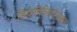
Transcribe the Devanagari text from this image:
डिफेमिलियरैज़ेशन